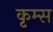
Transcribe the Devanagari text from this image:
कृम्स